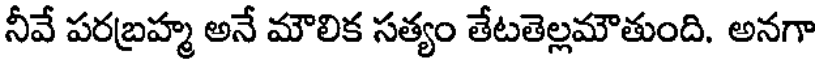
నీవే పరబ్రహ్మ అనే మౌలిక సత్యం తేటతెల్లమౌతుంది. అనగా